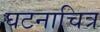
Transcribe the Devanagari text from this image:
घटनाचित्र